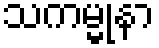
သကမ္မုနာ